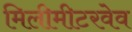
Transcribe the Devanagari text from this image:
मिलीमीटरवेव